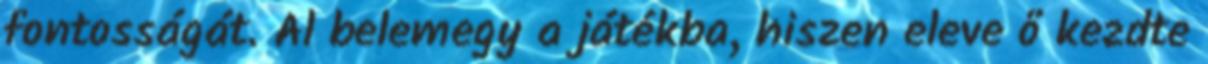
fontosságát. Al belemegy a játékba, hiszen eleve ő kezdte